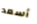
أسعد